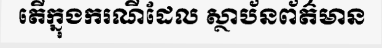
តើក្នុងករណីដែល ស្ថាប័នព័ត៌មាន